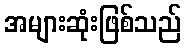
အများဆုံးဖြစ်သည်